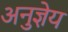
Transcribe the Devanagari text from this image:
अनुज्ञेय